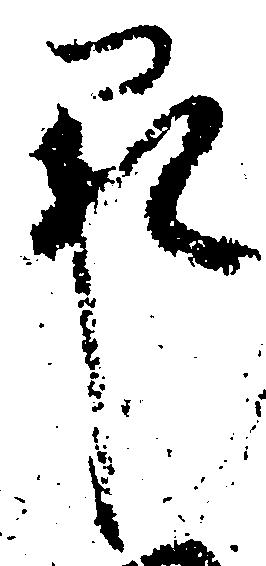
承